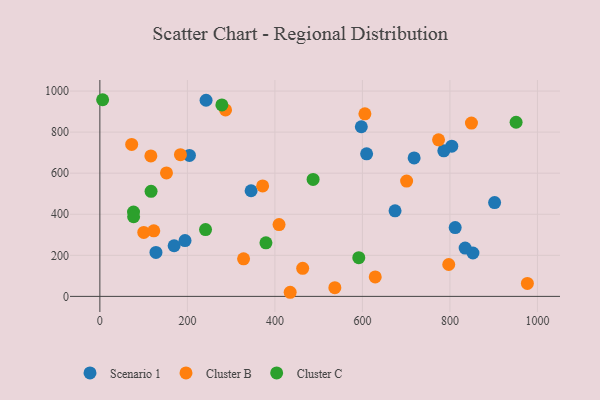
{"axis": {"x": "Ad Spend", "y": "Profit"}, "legend": ["Cluster B", "Cluster C", "Scenario 1"], "data": [{"x": "242.7", "y": 955.2, "type": "Scenario 1"}, {"x": "804.2", "y": 731.6, "type": "Scenario 1"}, {"x": "609.6", "y": 694.1, "type": "Scenario 1"}, {"x": "204.7", "y": 686.6, "type": "Scenario 1"}, {"x": "169.7", "y": 246.7, "type": "Scenario 1"}, {"x": "345.6", "y": 514.4, "type": "Scenario 1"}, {"x": "812.0", "y": 335.2, "type": "Scenario 1"}, {"x": "128.2", "y": 214.0, "type": "Scenario 1"}, {"x": "674.6", "y": 416.7, "type": "Scenario 1"}, {"x": "718.2", "y": 674.4, "type": "Scenario 1"}, {"x": "194.6", "y": 271.6, "type": "Scenario 1"}, {"x": "786.0", "y": 708.9, "type": "Scenario 1"}, {"x": "902.1", "y": 457.0, "type": "Scenario 1"}, {"x": "597.5", "y": 826.1, "type": "Scenario 1"}, {"x": "852.6", "y": 211.3, "type": "Scenario 1"}, {"x": "834.8", "y": 235.2, "type": "Scenario 1"}, {"x": "184.1", "y": 690.4, "type": "Cluster B"}, {"x": "463.5", "y": 136.7, "type": "Cluster B"}, {"x": "409.5", "y": 349.7, "type": "Cluster B"}, {"x": "977.0", "y": 63.3, "type": "Cluster B"}, {"x": "774.0", "y": 762.6, "type": "Cluster B"}, {"x": "72.7", "y": 740.1, "type": "Cluster B"}, {"x": "152.2", "y": 601.4, "type": "Cluster B"}, {"x": "116.5", "y": 684.2, "type": "Cluster B"}, {"x": "434.9", "y": 20.0, "type": "Cluster B"}, {"x": "629.3", "y": 94.8, "type": "Cluster B"}, {"x": "100.3", "y": 311.6, "type": "Cluster B"}, {"x": "849.2", "y": 843.9, "type": "Cluster B"}, {"x": "328.4", "y": 182.7, "type": "Cluster B"}, {"x": "797.3", "y": 155.3, "type": "Cluster B"}, {"x": "123.2", "y": 319.1, "type": "Cluster B"}, {"x": "287.2", "y": 908.2, "type": "Cluster B"}, {"x": "605.7", "y": 888.9, "type": "Cluster B"}, {"x": "701.0", "y": 561.7, "type": "Cluster B"}, {"x": "537.0", "y": 42.4, "type": "Cluster B"}, {"x": "372.0", "y": 538.1, "type": "Cluster B"}, {"x": "379.5", "y": 260.6, "type": "Cluster C"}, {"x": "487.3", "y": 569.4, "type": "Cluster C"}, {"x": "6.3", "y": 957.8, "type": "Cluster C"}, {"x": "591.7", "y": 188.6, "type": "Cluster C"}, {"x": "76.9", "y": 410.8, "type": "Cluster C"}, {"x": "278.8", "y": 932.3, "type": "Cluster C"}, {"x": "117.0", "y": 511.6, "type": "Cluster C"}, {"x": "951.2", "y": 848.2, "type": "Cluster C"}, {"x": "77.1", "y": 387.8, "type": "Cluster C"}, {"x": "241.5", "y": 325.2, "type": "Cluster C"}]}